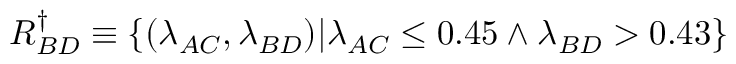
R _ { B D } ^ { \dagger } \equiv \{ ( \lambda _ { A C } , \lambda _ { B D } ) | { \lambda _ { A C } \leq 0 . 4 5 \wedge \lambda _ { B D } > 0 . 4 3 } \}